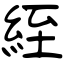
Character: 絰